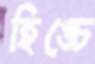
হিঙ্চে